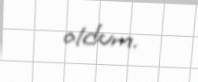
oldum.